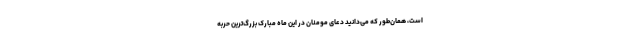
است، همان‌طور که می‌دانید دعای مومنان در این ماه مبارک بزرگ‌ترین حربه